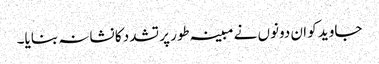
جاوید کو ان دونوں نے مبینہ طور پر تشدد کا نشانہ بنایا۔